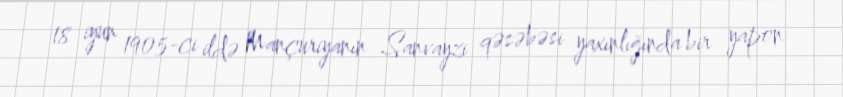
18 iyun 1905-ci ildə Mançuriyanın Sanvayzi qəsəbəsi yaxınlığında bir yapon